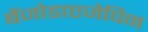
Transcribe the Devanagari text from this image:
बेंजोडाएजेपिन